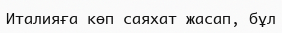
Италияға көп саяхат жасап, бұл